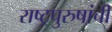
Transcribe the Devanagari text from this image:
राष्ट्रपुरुषांची